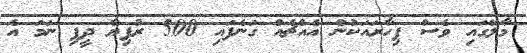
މާލޭގައި ވެސް ފިހާރައަކުން އެއްޗެއް ގަނެފައި 500 ރުފިޔާ ދީފި ނަމަ އެ